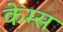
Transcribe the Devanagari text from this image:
केम्स